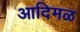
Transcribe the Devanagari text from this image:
आदिमळ